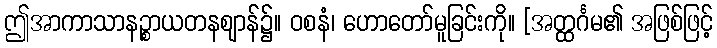
ဤအာကာသာနဉ္စာယတနဈာန်၌။ ဝစနံ၊ ဟောတော်မူခြင်းကို။ [အတ္ထင်္ဂမ၏ အဖြစ်ဖြင့်